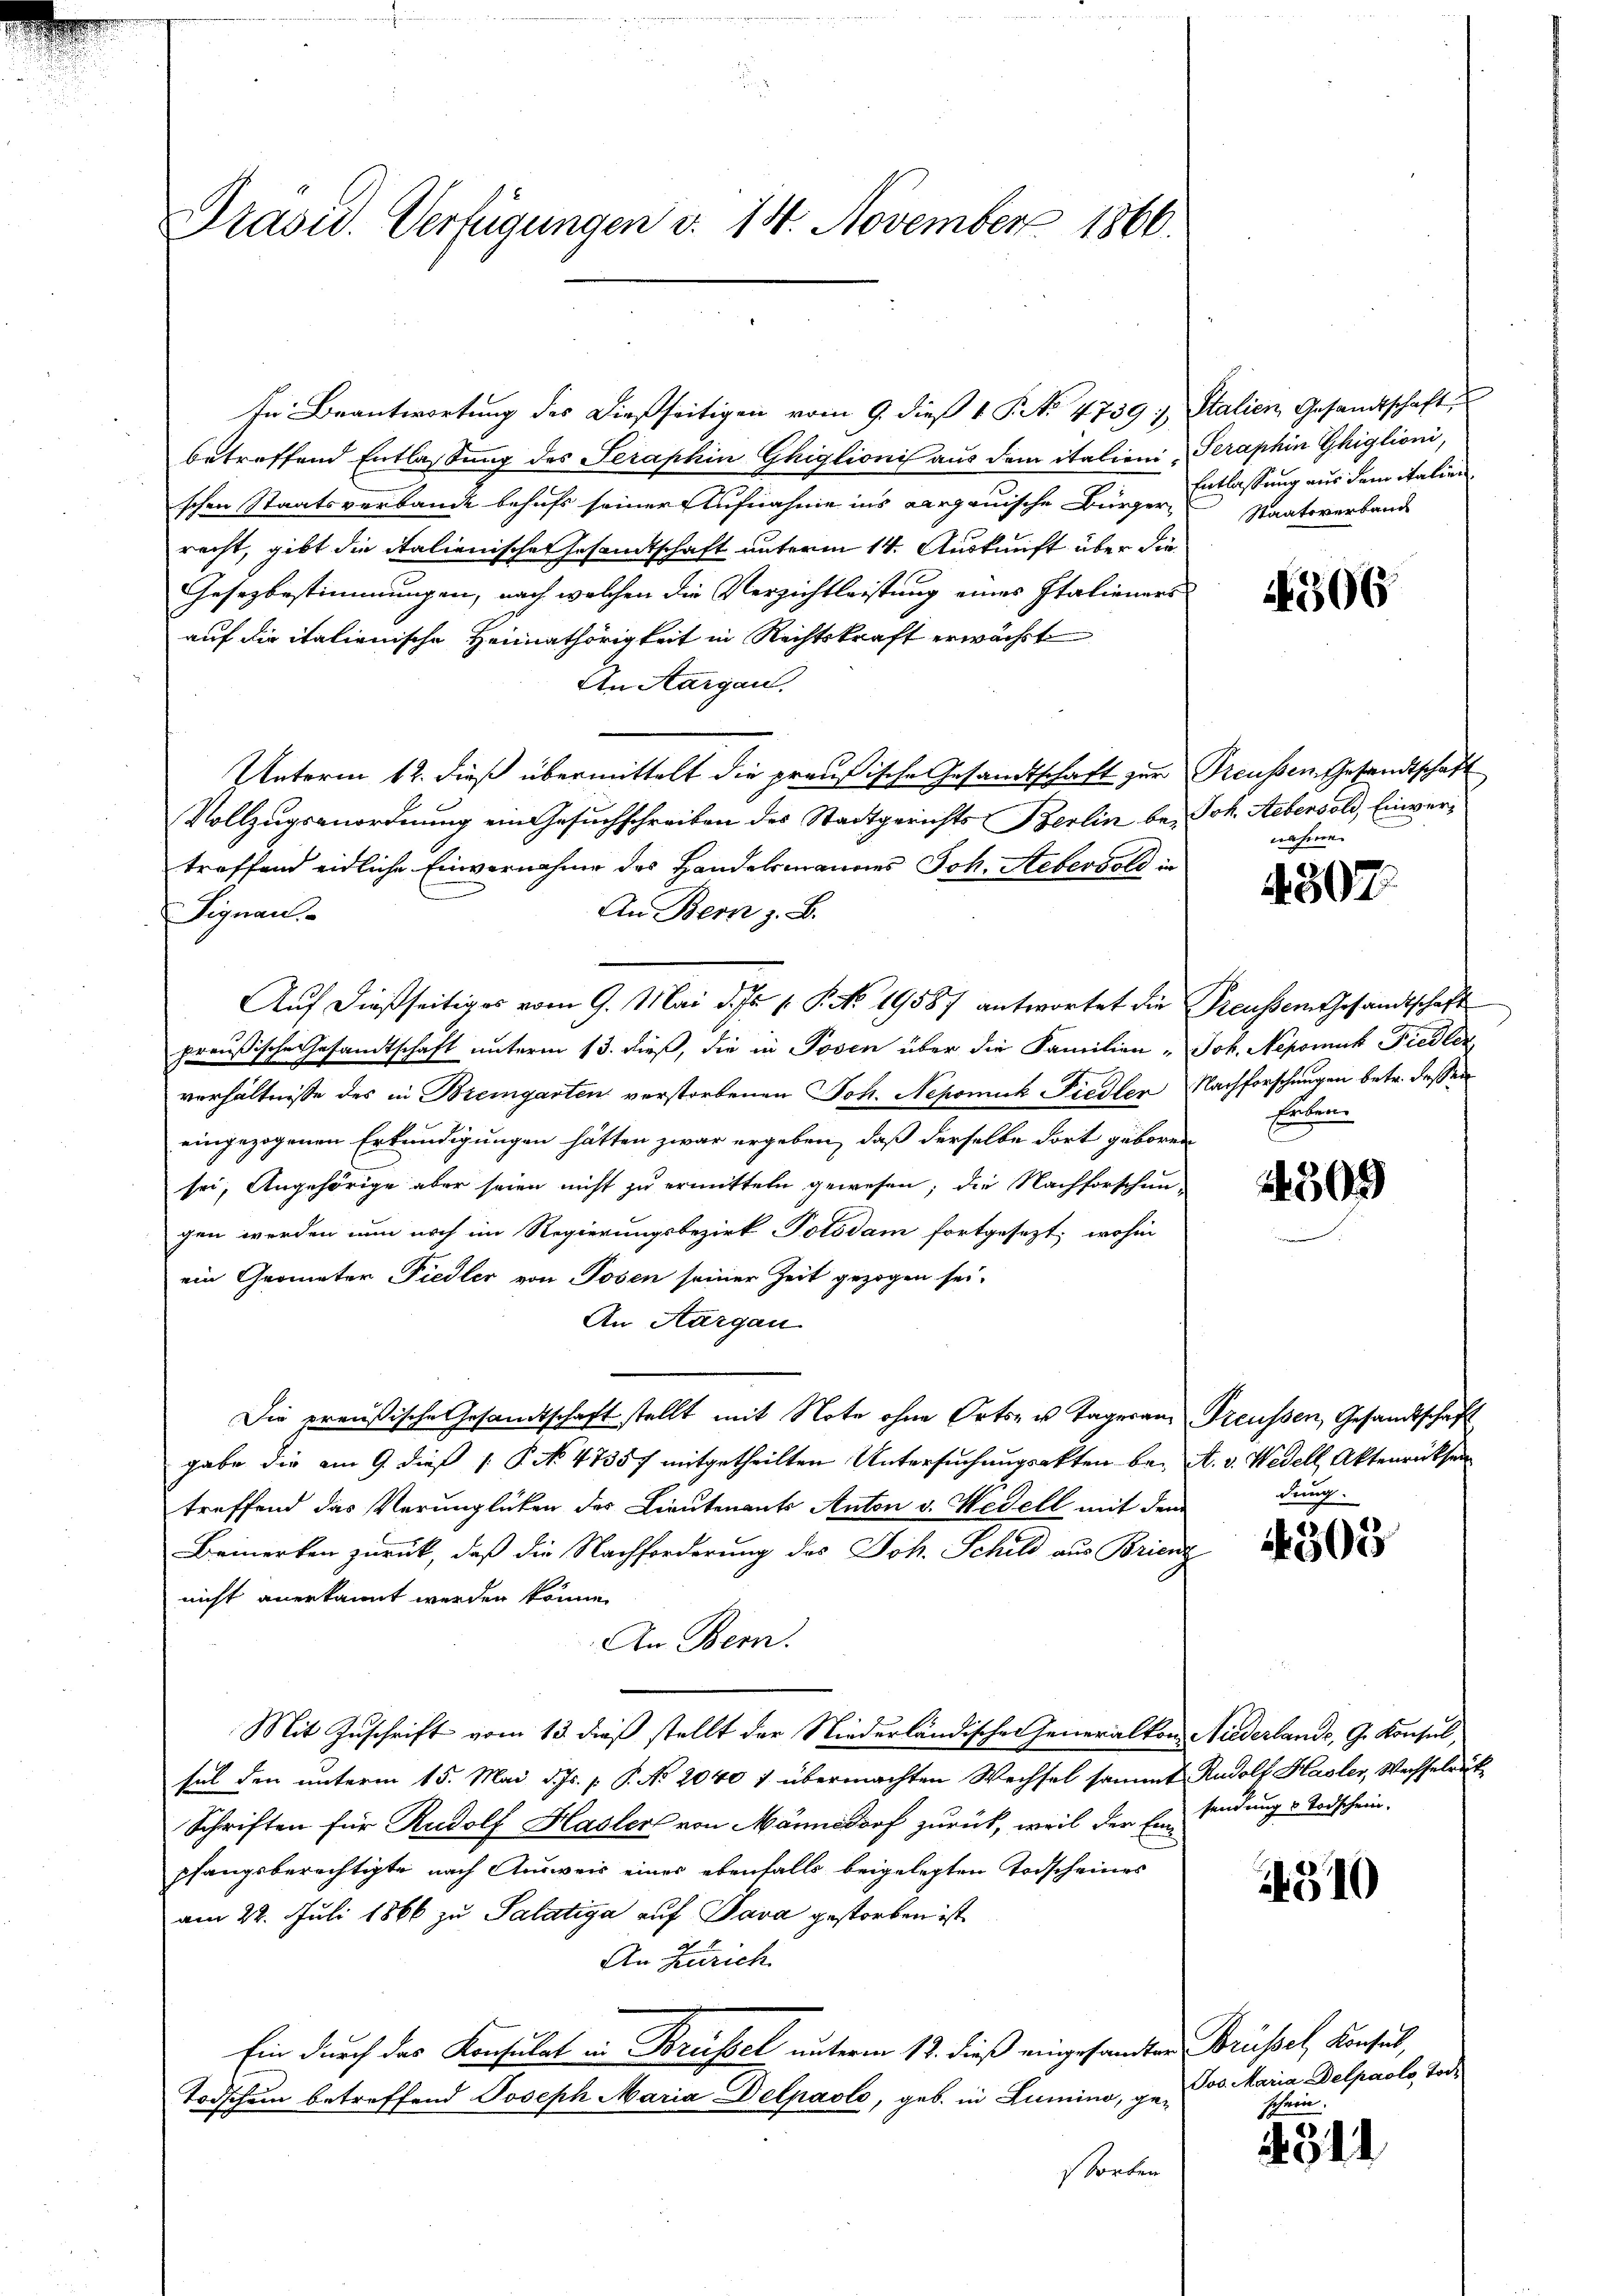
Präsid. Verfügungen v. 14. November 1866.

In Beantwortung des dießseitigen vom 9. dieβ 1 S. No. 47397, Italien Gesandtschaft,
betreffend Entlassung des Seraphin Ghiglionis aus dem italieni-Teraphin Ghiglioni,
schen Staatsverbande behufs seiner Aufnahme ins Aargauische Bürger-
recht, gibt die italienischen Gesandtschaft unterm 14. Auskunft über die
Gesezbestimmungen, nach welchen die Verzichtleistung eines Italieners
auf die italienische Heimathörigkeit in Rechtskraft erwächst
An Aargau.
Unterm 12. dieß übermittelt die preußische Gesandtschaft zur Treussen Gesandtschaft
Vollzugsanordnung ein Gesuchschreiben des Stadtgerichts Berlin bei Joh. Rebensold, Einvertreffend eidliche Einvernahme des Handelsmannes Joh. Hebergold in
An Bern z. B.
Signaul
Auf dießseitiges vom 9. Mai d. Js. v. P. No. 19587 antwortet die Preussem Gesandtschaft
preußische Gesandtschaft unterm 13. dieß, die in Posen über die Familien „Jok. Nepomuk Fiedler
verhältnisse des in Bremgarten verstorbenen Joh. Nepomuck Fiedler Nachforschungen betr. dessen
eingezogenen Erkundigungen hätten zwar ergeben, daß derselbe dort geboren
sei, Angehörige aber seien nicht zu ermitteln gewesen; die Nachforschun-
gen werden nun noch im Regierungsbezirk Potsdam fortgesezt; wohin
ein Geometer Fiedler von Tosen seiner Zeit gezogen sei.
An Aargau
Die preußische Gesandtschaft stellt mit Note ohne Orts- u. Tager an Treussen, Gesandtschaft
gabe die am 9. dieß (: P. No 47357 mitgetheilten Untersuchungsakten bei A. v. Wedell, Aktenrücksen
treffend das Verunglücken der Lieutenants Anton v. Hedell mit dem
Bemerken zurück, daß die Nachforderung des Joh. Schild aus Brienz
nicht anerkannt werden könne.
An Bern.
Mit Zuschrift vom 13. dieß stellt der Niederländischen Generalkon Niederlande, G. Konsul
sel den unterm 15. Mai d. Js. [ P. No 2040 1 übermachten Wechsel sammt Rudolf Hasler, Wechselrück¬
Schriften für Rudolf Haslers von Männedorf zurück, weil der Einsendung u Todschein.
pfangsberechtigte nach Ausweis eines ebenfalls beigelegten Todscheines
am 22. Juli 1866 zu Salatiga auf Java gestorben ist
An Zürich.
Ein durch das Konsulat in Brüssel unterm 12. dieß eingesandten Brüssel, Konsul,
Todschein betreffend Joseph Maria Delpaolo, geb. in Lumino, gestorben

Entlassung aus dem italien
Staatsverband

510

.

306

4307.

Erben.

24309

deng

14303

Jos. Maria Delpaolo, Tode

4341